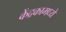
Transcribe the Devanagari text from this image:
केंद्रकामध्ये